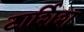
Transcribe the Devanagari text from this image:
टार्शिश